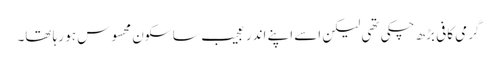
گرمی کافی بڑھ چکی تھی لیکن اسے اپنے اندر عجیب سا سکون محسوس ہو رہا تھا۔